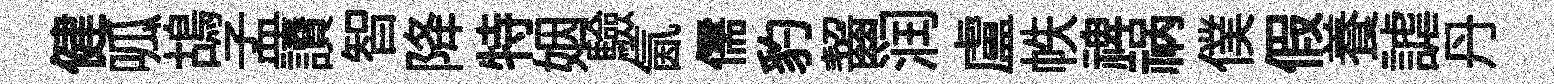
健呱鴣孟讀智降特姻驗氤儒豹齧润盧帙禆祸僕假養謔丹